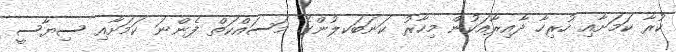
ކުރާ ކަމަށާއި ހުރިހާ ދާއިރާއަކުން މިހާރު ކަނަބަކލުންގެ މަސައްކަތް ފެންނަ ކަމަށާއި ސިޔާސީ